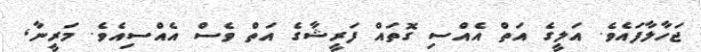
ޖަހާލާފައެވެ. އަލީގެ އަތް އެއްސި ގޮތައް ފަރީޝާގެ އަތް ވެސް އެއްސިއެވެ. މަރީނާ